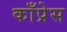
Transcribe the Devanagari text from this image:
काँप्रेस